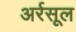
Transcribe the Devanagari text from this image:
अर्रसूल